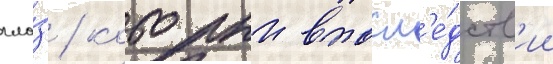
гла́з / которыи впосл'е́дств'ии